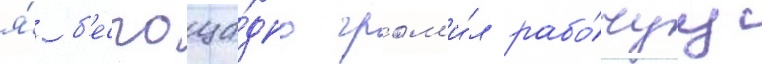
я́ б'еспоща́дно гром'и́л рабо́чуу